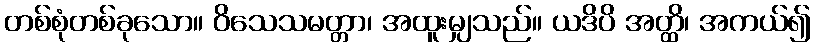
တစ်စုံတစ်ခုသော။ ဝိသေသမတ္တာ၊ အထူးမျှသည်။ ယဒိပိ အတ္ထိ၊ အကယ်၍